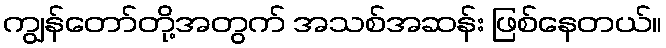
ကျွန်တော်တို့အတွက် အသစ်အဆန်း ဖြစ်နေတယ်။